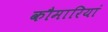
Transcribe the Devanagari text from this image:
कौमारियां